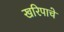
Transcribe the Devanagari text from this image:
खरिपाचे